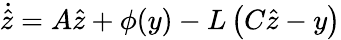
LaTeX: {\dot{\hat{z}}}=A{\hat{z}}+\phi(y)-L\left(C{\hat{z}}-y\right)